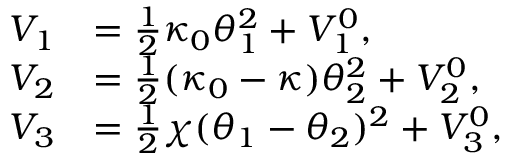
\begin{array} { r l } { V _ { 1 } } & { = \frac { 1 } { 2 } \kappa _ { 0 } \theta _ { 1 } ^ { 2 } + V _ { 1 } ^ { 0 } , } \\ { V _ { 2 } } & { = \frac { 1 } { 2 } ( \kappa _ { 0 } - \kappa ) \theta _ { 2 } ^ { 2 } + V _ { 2 } ^ { 0 } , } \\ { V _ { 3 } } & { = \frac { 1 } { 2 } \chi ( \theta _ { 1 } - \theta _ { 2 } ) ^ { 2 } + V _ { 3 } ^ { 0 } , } \end{array}